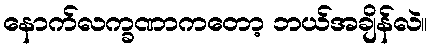
နောက်လက္ခဏာကတော့ ဘယ်အချိန်လဲ။